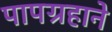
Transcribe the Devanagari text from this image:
पापग्रहाने